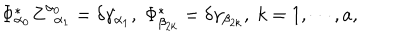
LaTeX: \Phi _ { \alpha _ { 0 } } ^ { * } Z _ { \; \; \alpha _ { 1 } } ^ { \alpha _ { 0 } } = \delta \gamma _ { \alpha _ { 1 } } , \; \Phi _ { \beta _ { 2 k } } ^ { * } = \delta \gamma _ { \beta _ { 2 k } } , \; k = 1 , \cdots , a ,